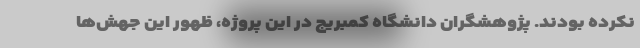
نکرده‌ بودند. پژوهشگران دانشگاه کمبریج در این پروژه، ظهور این جهش‌ها